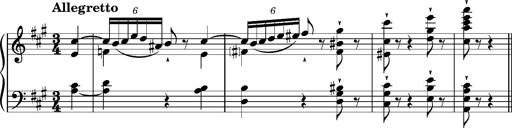
Title: Album-Leaf 'Berlin I', S.167n
Composer: Franz Liszt
Key: A major